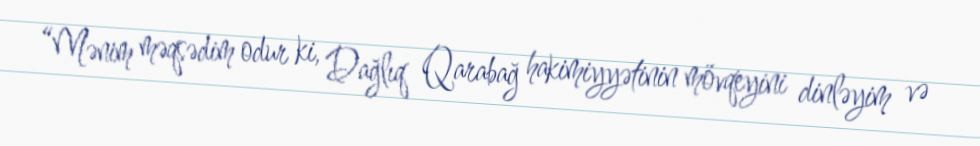
“Mənim məqsədim odur ki, Dağlıq Qarabağ hakimiyyətinin mövqeyini dinləyim və